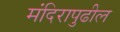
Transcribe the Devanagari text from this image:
मंदिरापुढील